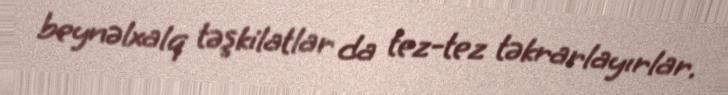
beynəlxalq təşkilatlar da tez-tez təkrarlayırlar.